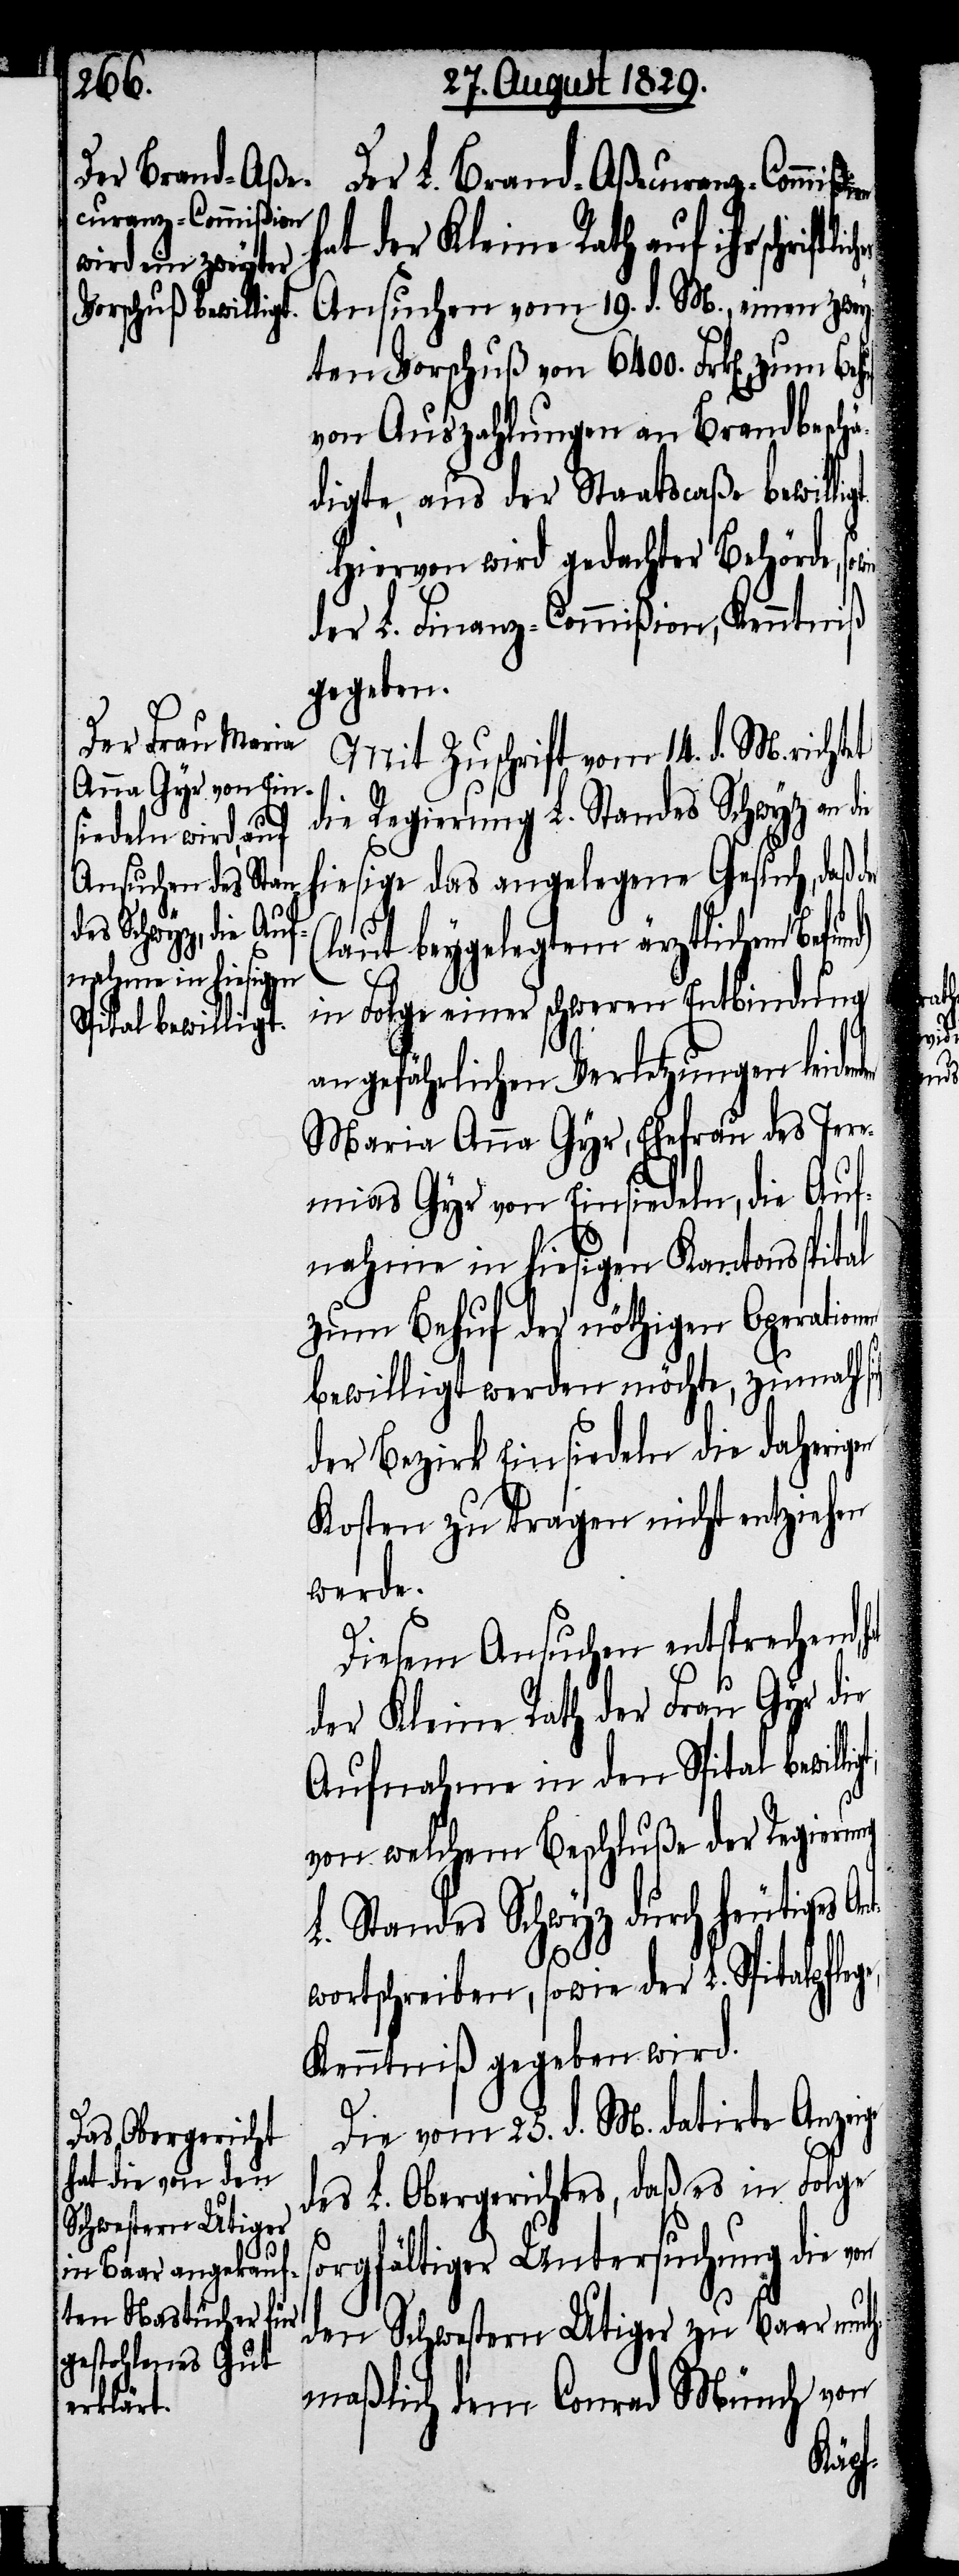
Der L. Brand-Aßecuranz-Commißi¬
at der Kleine Rath auf ihr schrift¬
Ansuchen vom 19. d. M. einen zwey¬
ten Vorschuß von 6400. Frk[en]. zum
von Auszahlungen an Brandbeschä¬
digte, aus der Staatscaße bewillig¬
Hiervon wird gedachter Behörde,
wie
der L. Finanz-Commißion, Kenntniß
gegeben.
Mit Zuschrift vom 14. d. M. richtet
die Regierung L. Standes Schwyz an
hiesige das angelegene Gesuch, daß die
(laut beygelegtem ärztlichen
in Folge einer schweren Entbindung
an gefährlichen Verletzungen leide¬
Maria Anna Gyr, Ehefrau des Jere¬
mias Gyr von Einsiedeln, die Auf¬
nahme in hiesigen Kantonsspital
zum Behuf der nöthigen Operation
bewilligt werden möchte, zumahl
der Bezirk Einsiedeln die daherig¬
Kosten zu tragen nicht entziehen
werde.
Diesem Ansuchen entsprechend,
der Kleine Rath der Frau Gyr die
Aufnahme in den Spital bewil¬
von welchem Beschluße der Regierung
L. Standes Schwyz durch heutiges An¬
t¬
wortschreiben, sowie der L. Spitalpflege,
Kenntniß gegeben wird.
Die vom 25. d. M. datirte Anzeige
des L. Obergerichtes, daß es in Folge
sorgfältiger Untersuchung die von
den Schwestern Utiger zu Baar muth¬
maßlich dem Conrad Münch von
ligt,

en